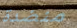
منضدة